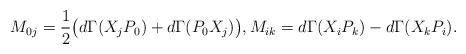
LaTeX: \begin{align*}M_{0j}=\frac{1}{2}\big( d\Gamma(X_jP_0)+d\Gamma(P_0X_j)\big) ,M_{ik} = d\Gamma(X_iP_k)-d\Gamma(X_{k}P_i).\end{align*}